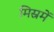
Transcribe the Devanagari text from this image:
मिस्रमें